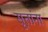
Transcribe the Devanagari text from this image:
सूतांना